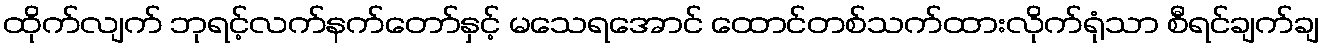
ထိုက်လျက် ဘုရင့်လက်နက်တော်နှင့် မသေရအောင် ထောင်တစ်သက်ထားလိုက်ရုံသာ စီရင်ချက်ချ